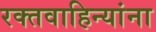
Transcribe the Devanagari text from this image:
रक्तवाहिन्यांना